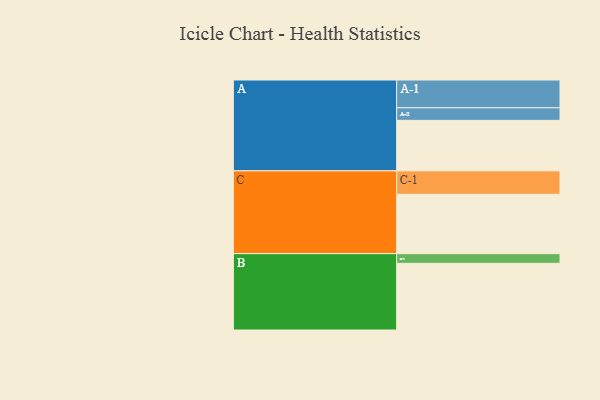
{"axis": {"x": "Segment", "y": "Value"}, "legend": ["", "A", "B", "C"], "data": [{"x": "A", "y": 338, "type": ""}, {"x": "B", "y": 446, "type": ""}, {"x": "C", "y": 397, "type": ""}, {"x": "A-1", "y": 186, "type": "A"}, {"x": "A-2", "y": 84, "type": "A"}, {"x": "B-1", "y": 65, "type": "B"}, {"x": "C-1", "y": 157, "type": "C"}]}